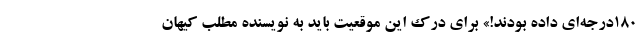
۱۸۰درجه‌ای داده بودند!» برای درک این موقعیت باید به نویسنده مطلب کیهان